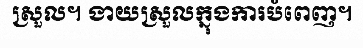
ស្រួល។ ងាយស្រួលក្នុងការបំពេញ។